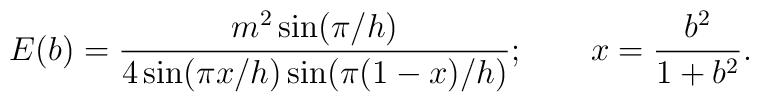
E(b)=\frac{m^2 \sin(\pi/h)}{4\sin(\pi x/h)\sin(\pi (1-x)/h)};  \qquad x=\frac{b^2}{1+b^2}.